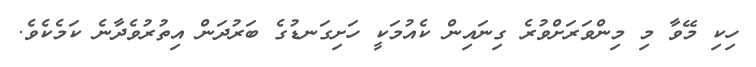
ހިކި މޭވާ މި މިންވަރަށްވުރެ ގިނައިން ކެއުމަކީ ހަށިގަނޑުގެ ބަރުދަން އިތުރުވެދާނެ ކަމެކެވެ.